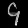
Digit: ၄